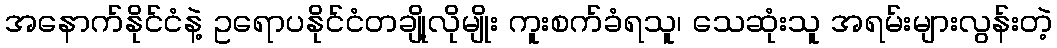
အနောက်နိုင်ငံနဲ့ ဥရောပနိုင်ငံတချို့လိုမျိုး ကူးစက်ခံရသူ၊ သေဆုံးသူ အရမ်းများလွန်းတဲ့